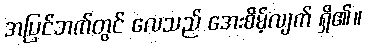
အပြင်ဘက်တွင် လေသည် အေးစိမ့်လျက် ရှိ၏။